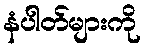
နံပါတ်များကို